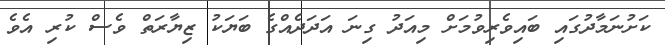
ކަށުނަމާދުގައި ބައިވެރިވުމަށް މިއަދު ގިނަ އަދަދެއްގެ ބަޔަކު ޒިޔާރަތް ވެސް ކުރި އެވެ